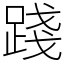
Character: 踐